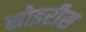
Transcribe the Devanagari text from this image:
सोइरीस